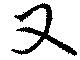
又